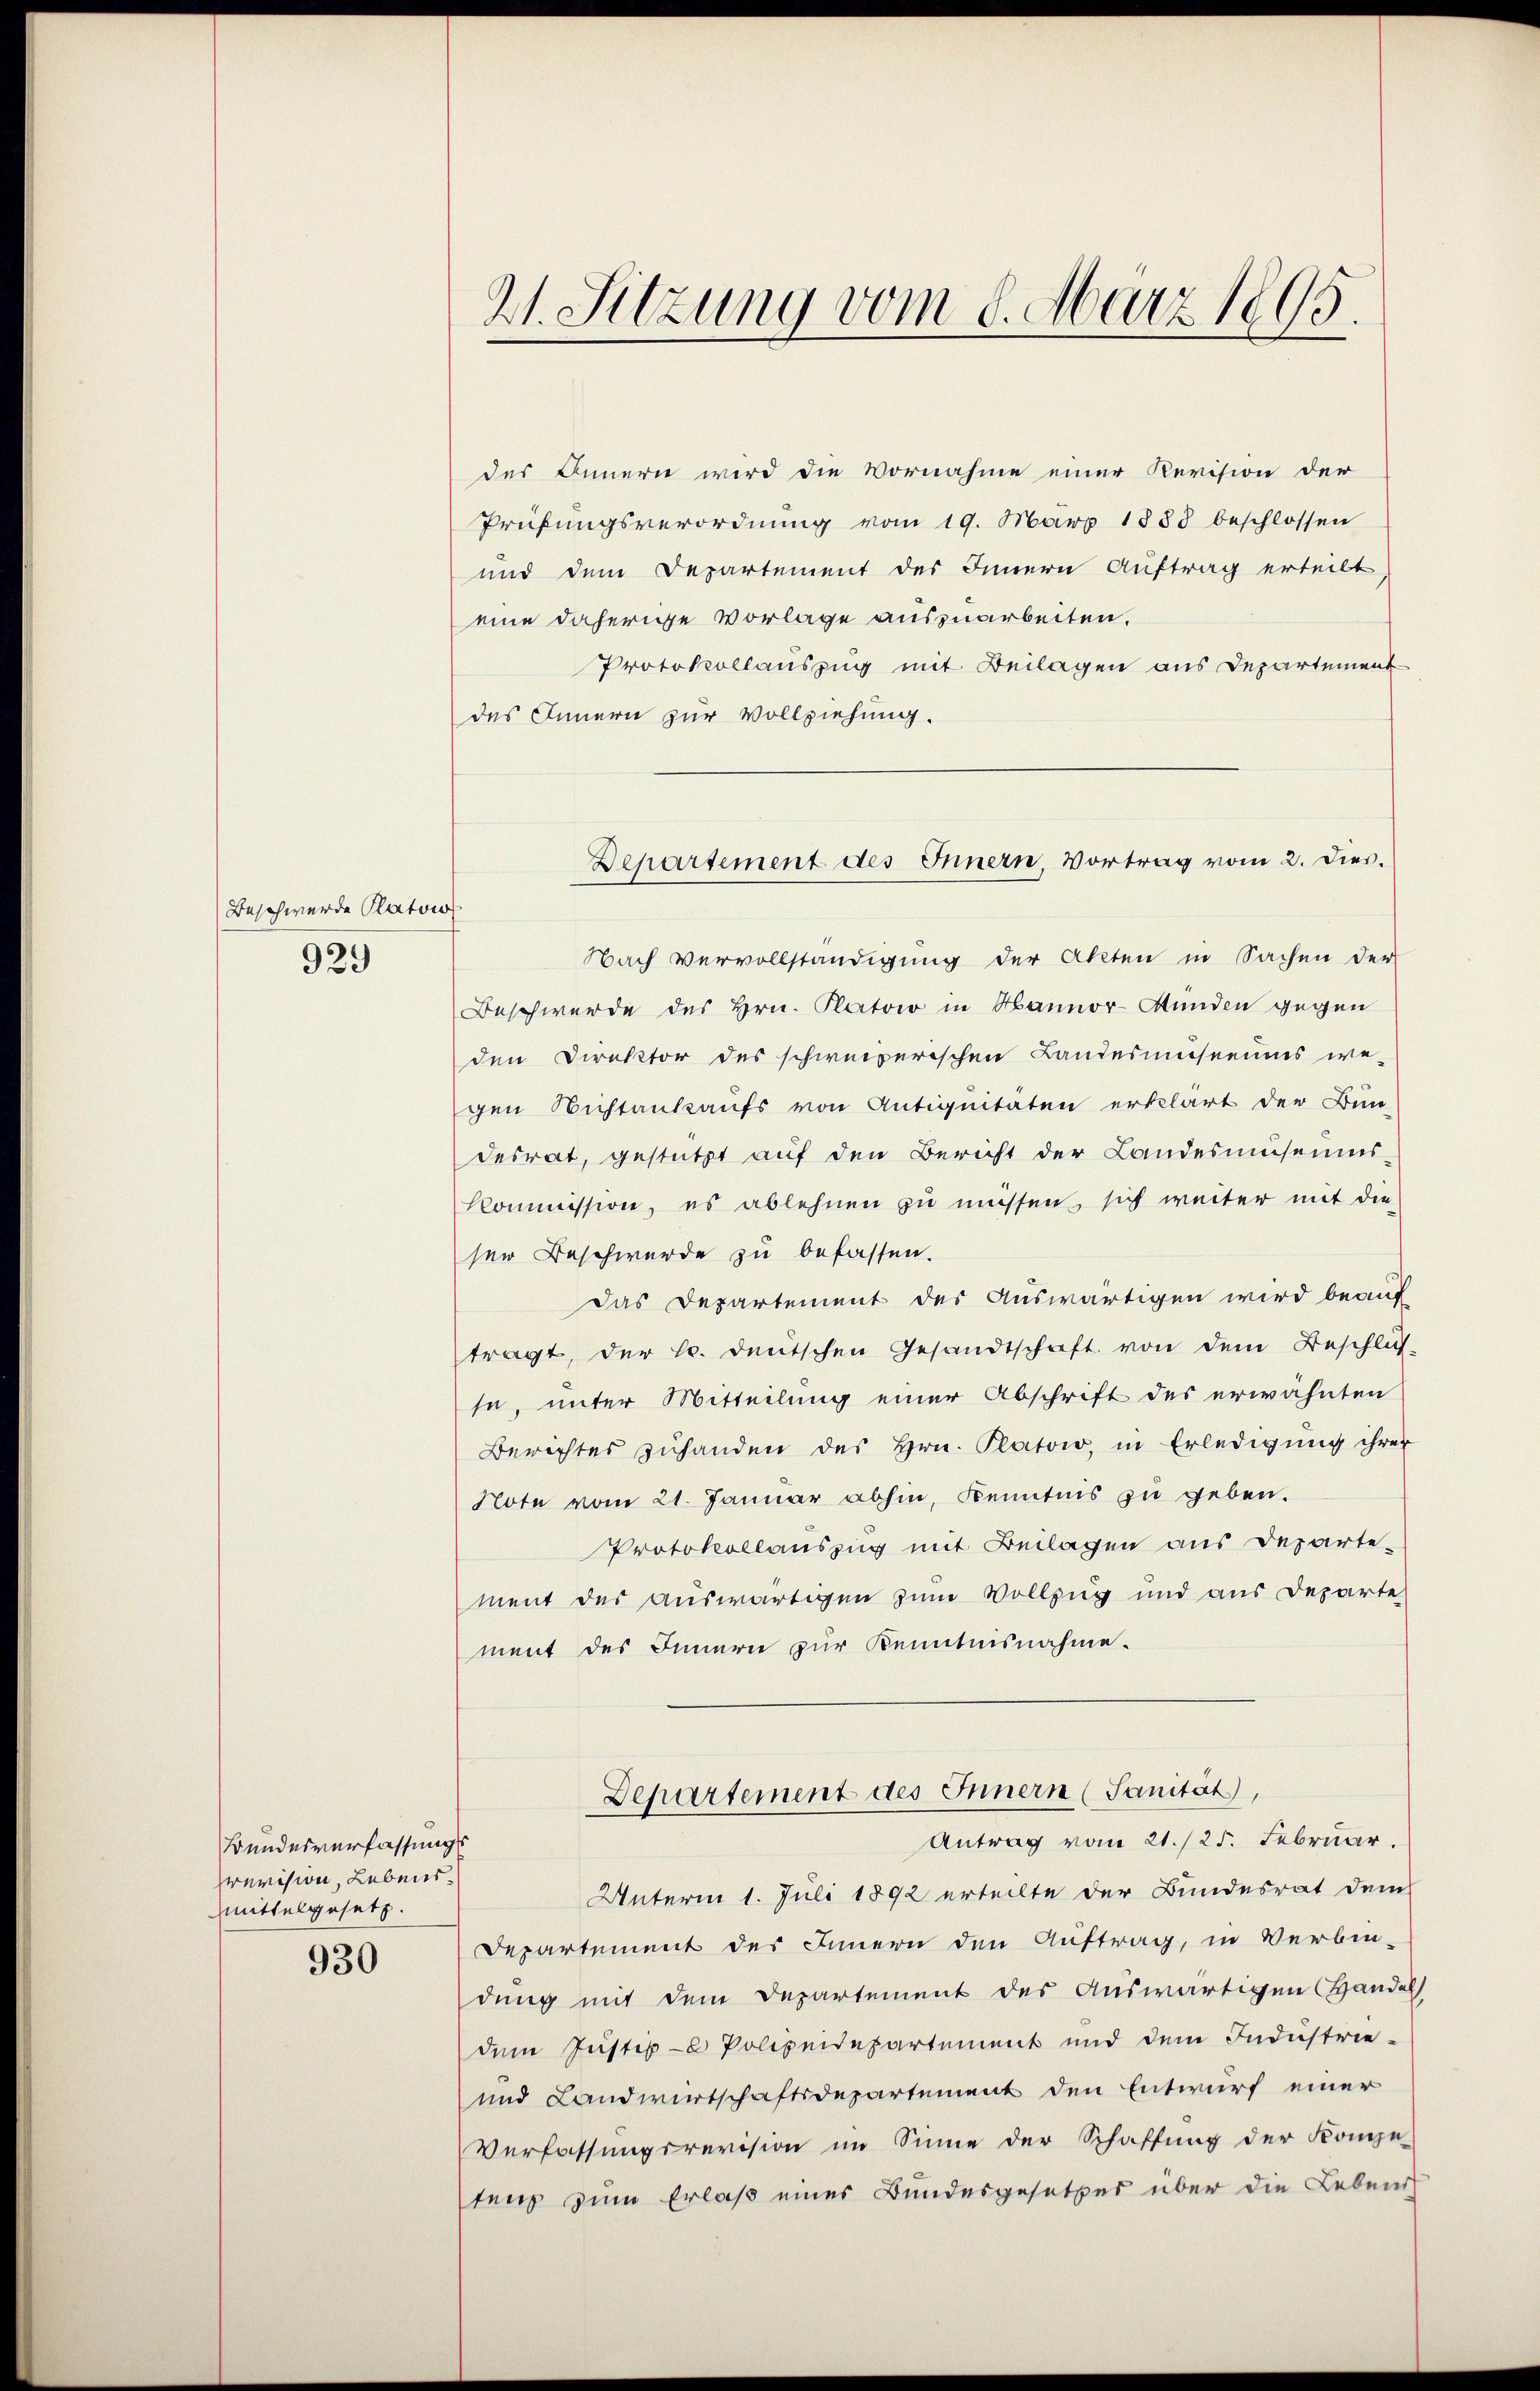
Beschwerde Patows
929

Bundesverfassungs
revision, Lebensmittelgesetz.

930

21. Sitzung vom 8. März 1895.

des Innern wird die Vornahme einer Revision der
Prüfŭngsverordnŭng vom 19. März 1883 beschlossen
und dem Departement des Innern Auftrag erteilt
eine daherige Vorlage auszuarbeiten.
Protokollauszug mit Beilagen aus Departement
des Innern zur Vollziehung.
Nach Vervollständigung der Akten in Sachen der
Beschwerde des Hrn. Platoir in Hannor-Munden gegen
den Direktor des schweizerischen Landesmseeums we-
gen Nichtankaufs von Antiquitäten erklärt der Bun-
desrat, gestützt auf den Bericht der Landesmuseums-
Kommission, es ablehnen zu müssen, sich weiter mit die
ser Beschwerde zu befassen.
das Departement des Auswärtigen wird beauf
tragt, der l. deutschen Gesandtschaft von dem Beschlus
se, unter Mitteilung einer Abschrift des erwähnten
Berichtes zuhanden des Hrn. Platow, in Erledigung ihrer
Note vom 21. Januar abhin, Kenntnis zu geben.
Protokollauszug mit Beilagen aus Departe-
ment des auswärtigen zum Vollzug und aus Departe
ment des Innern zur Kenntnisnahme.
Departement des Innern (Sanität),
Antrag vom 21./25. Februar.
Unterm 1. Juli 1892 erteilte der Bundesrat dem
Departement des Innern den Auftrag, in Verbin-
dung mit dem Departement des Auswärtigen Handel
dem Justiz-C Polizeidepartement und dem Industrie-
und Landwirtschaftsdepartement den Entwurf einer
Verfassungsrevision im Sinne der Schaffung der Kompe-
tenz zum Erlaß eines Bundesgesetzes über die Lebens

Departement des Innern, Vortrag vom 2. Dies.